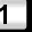
Digit: 1